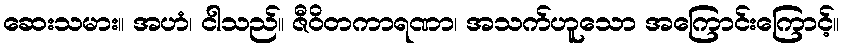
ဆေးသမား။ အဟံ၊ ငါသည်။ ဇီဝိတကာရဏာ၊ အသက်ဟူသော အကြောင်းကြောင့်။